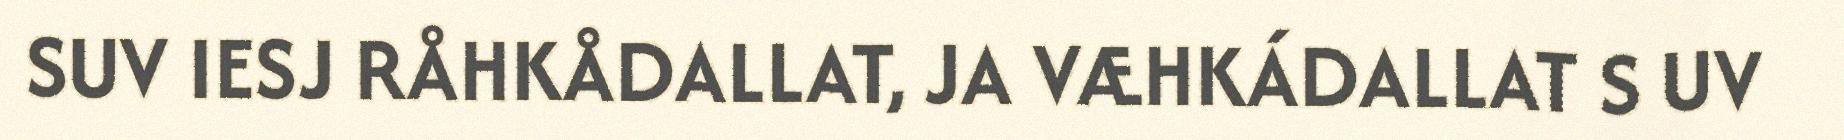
SUV IESJ RÅHKÅDALLAT, JA VÆHKÁDALLAT S UV